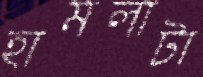
হামলাটা